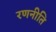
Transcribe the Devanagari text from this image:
रणनीति